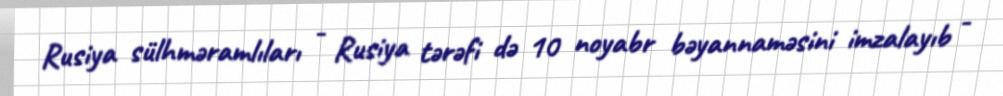
Rusiya sülhməramlıları - Rusiya tərəfi də 10 noyabr bəyannaməsini imzalayıb -